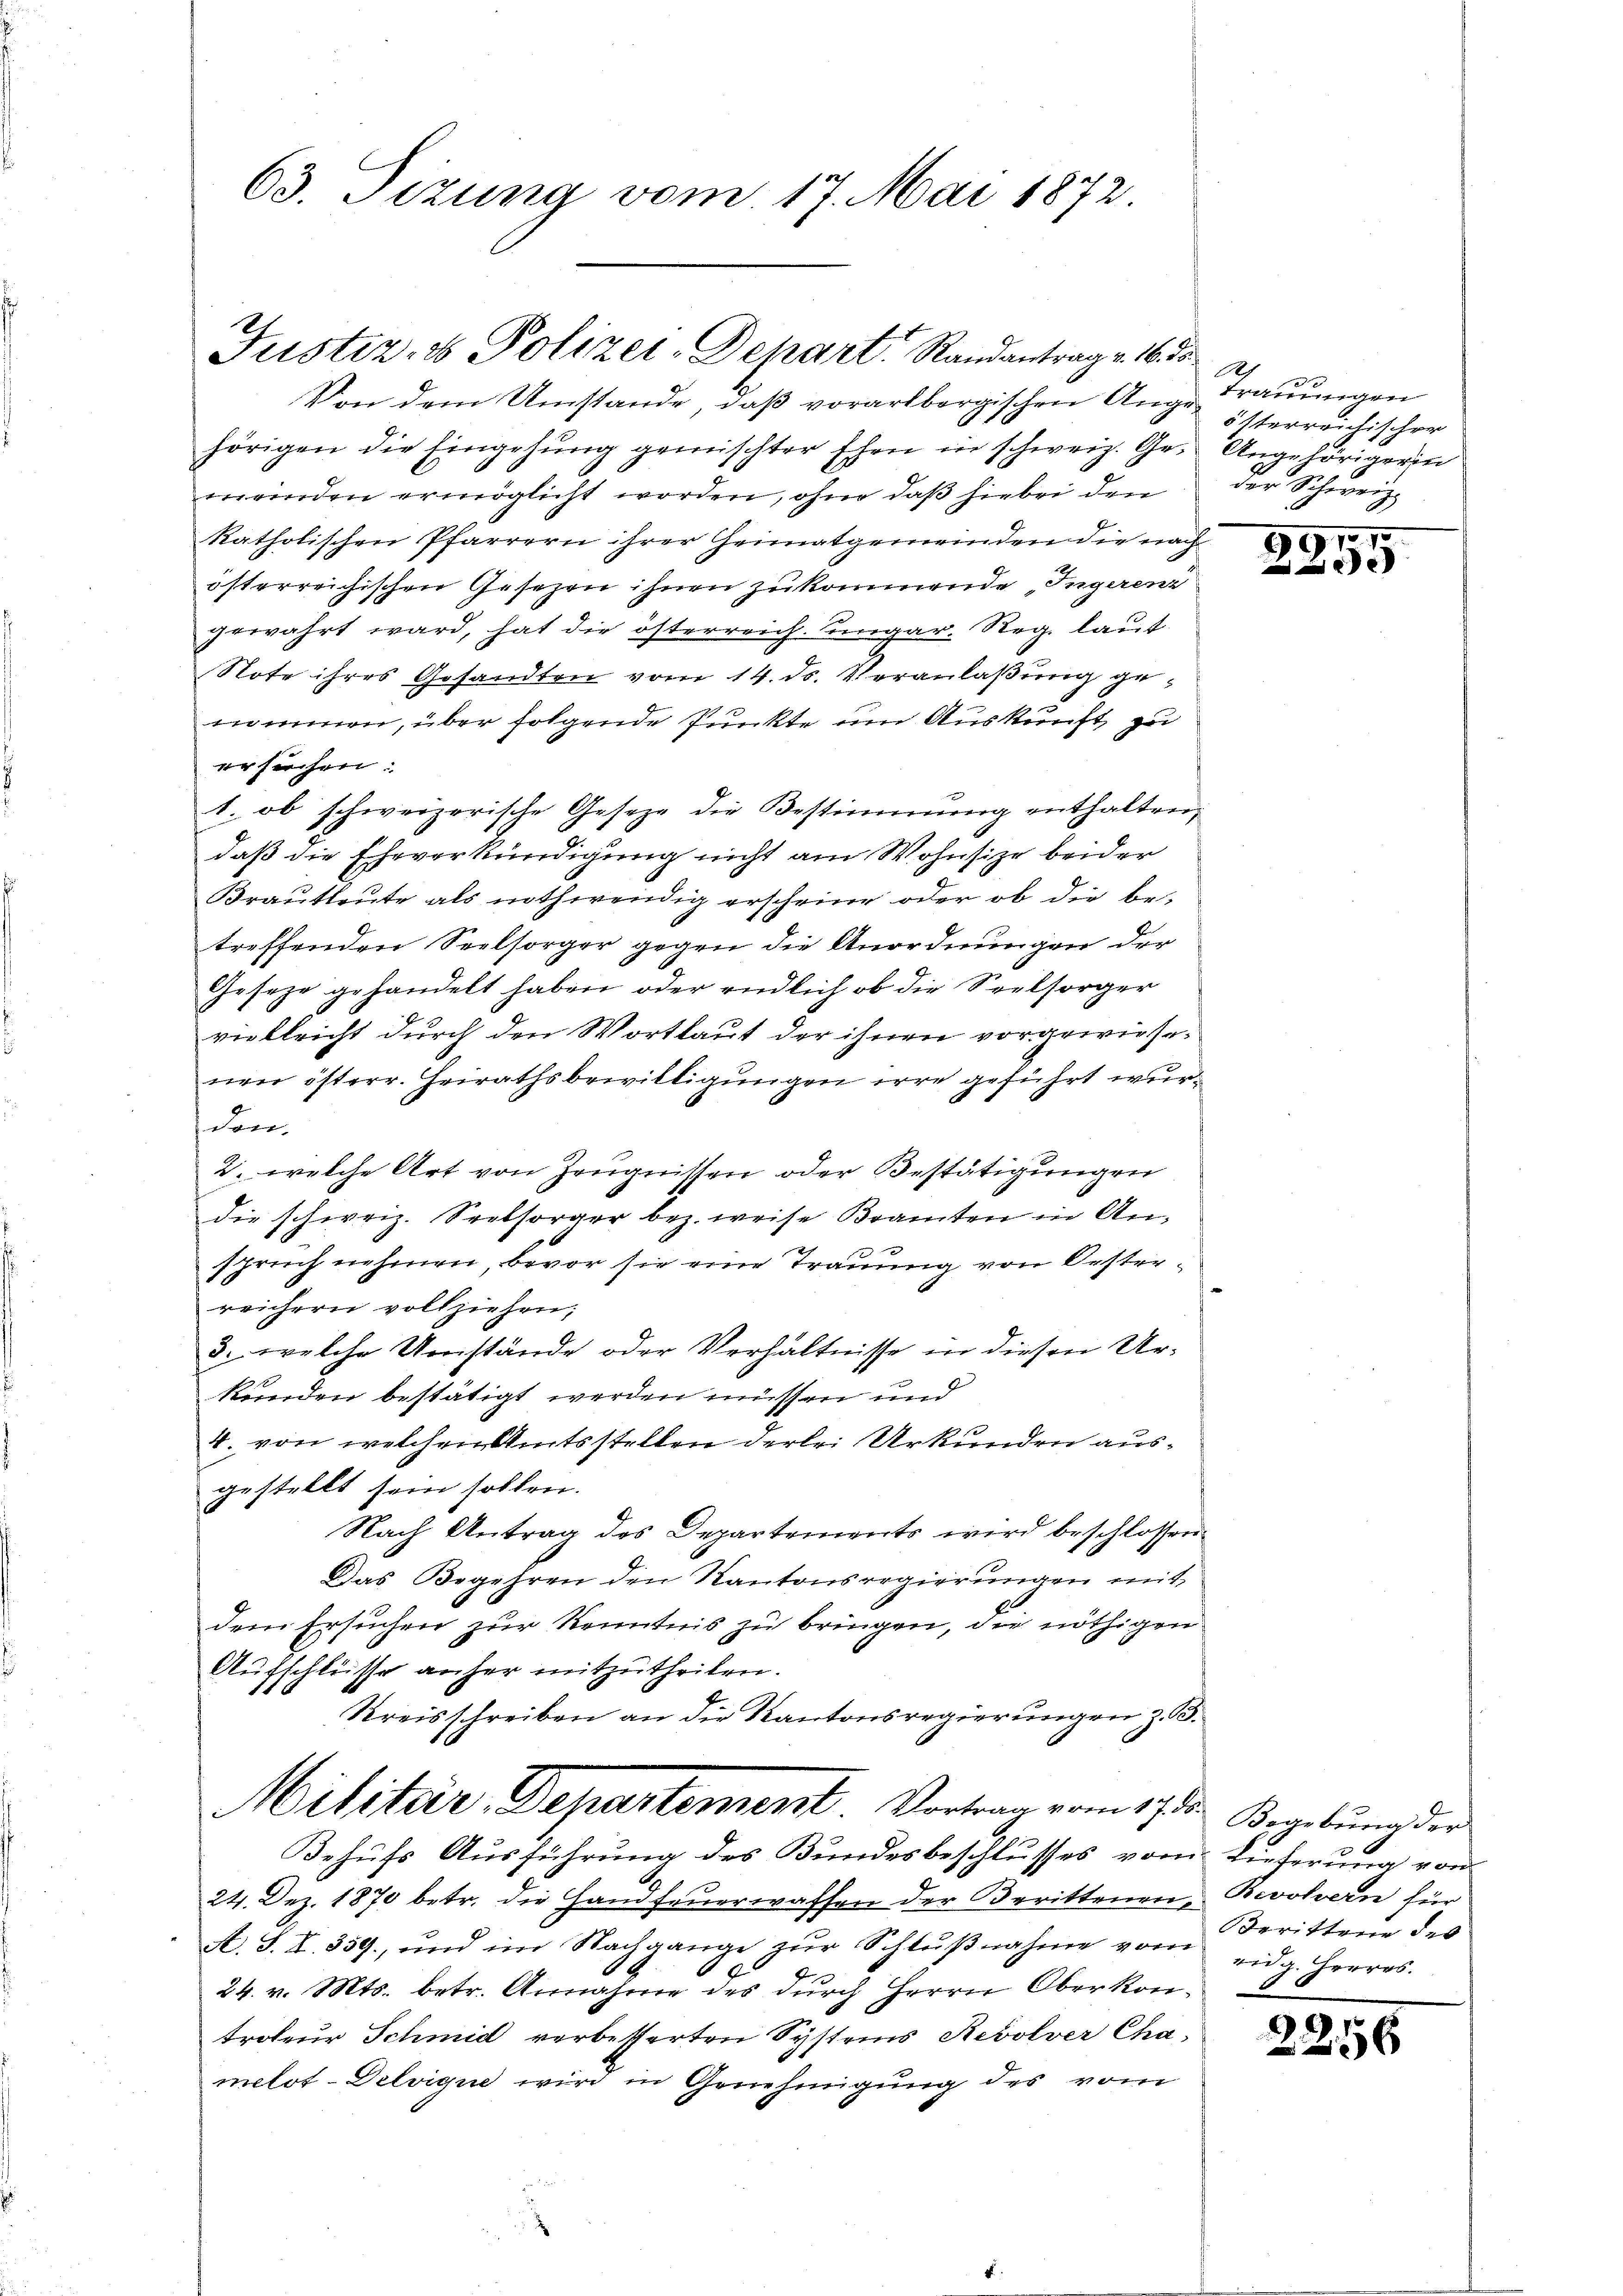
Justiz- & Polizei-Depart Randantrag v. 16. 30.

63. Tizung vom 17. Mai 1872.

Von dem Umstände, daß vorarlbergischen Auge Trauungen
hörigen die Eingehŭng gemischter Ehen in schweiz. Ge- Angehörigerin
meinden ermöglicht worden, ohne daß hiebei den der Schweiz.
katholischen Pfarrern ihrer Geimatgemeinden die nach
österreichischen Gesezen ihnen zukommende Ingerenz
gewahrt ward, hat die österreich. Eingar. Reg. laut
Note ihres Gesandten vom 14. ds. Veranlaßung genommen, über folgende Punkte um Auskunft zu
ersuchen:
1. ob schweizerische Gesetze die Bestimmung enthalten,
daß die Eheverkündigung nicht am Wohnsitze beider
Brautleute als nothwendig erscheine oder ob die be-
treffenden Seelsorger gegen die Anordnungen der
Geseze gehandelt haben, oder endlich ob die Seelsorger
vielleicht durch den Wortlaut der ihnen vorgewiesenen österr. Heirathsbewilligungen irre geführt wurdon.
2. welche Art von Zeugnissen oder Bestätigungen
die schweiz. Seelsorger bez. weise Beamten in An-
spruch nehmen, bevor sie eine Trauung von Oesterreichern vollziehen;
3. welche Umstände oder Verhältnisse in diesen Urkenden bestätigt werden müssen und
4. von welchem Amtsstellen derlei Urkunden ausgestellt sein sollen.
Nach Antrag des Departements wird beschlossen
Das Begehren den Kantonsregierungen mit
dem Ersuchen zur Kenntnis zu bringen, die nöthigen
Aufschlüsse anher mitzutheilen.
Kreisschreiben an die Kantonsregierungen z. B.
Militär-Departement Vortrag vom 17ten Begebung der
Behufs Ausführung des Bundesbeschlusses vom Lieferung von
24. Dez. 1870 betr. die Handfeŭerwaffen der Berittenen, Bevolvern für
A. S. I. 359, und im Nachgange zŭr Schlŭβnahme vom Berittene des
24. v. Mts. betr. Annahme des durch Herrn Oberkontrateur Schmid verbetterten Systems Revolver Chamelot-Delvigue wird in Genehmigung des vom

2
österreichischer

97
e

ridg. Herres.
1

2256